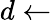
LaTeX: d\leftarrow